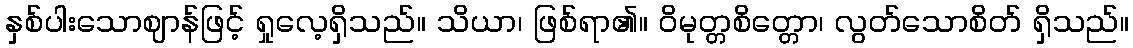
နှစ်ပါးသောဈာန်ဖြင့် ရှုလေ့ရှိသည်။ သိယာ၊ ဖြစ်ရာ၏။ ဝိမုတ္တစိတ္တော၊ လွတ်သောစိတ် ရှိသည်။